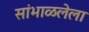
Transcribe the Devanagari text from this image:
सांभाळलेला